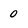
Character: 0